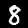
Digit: 8